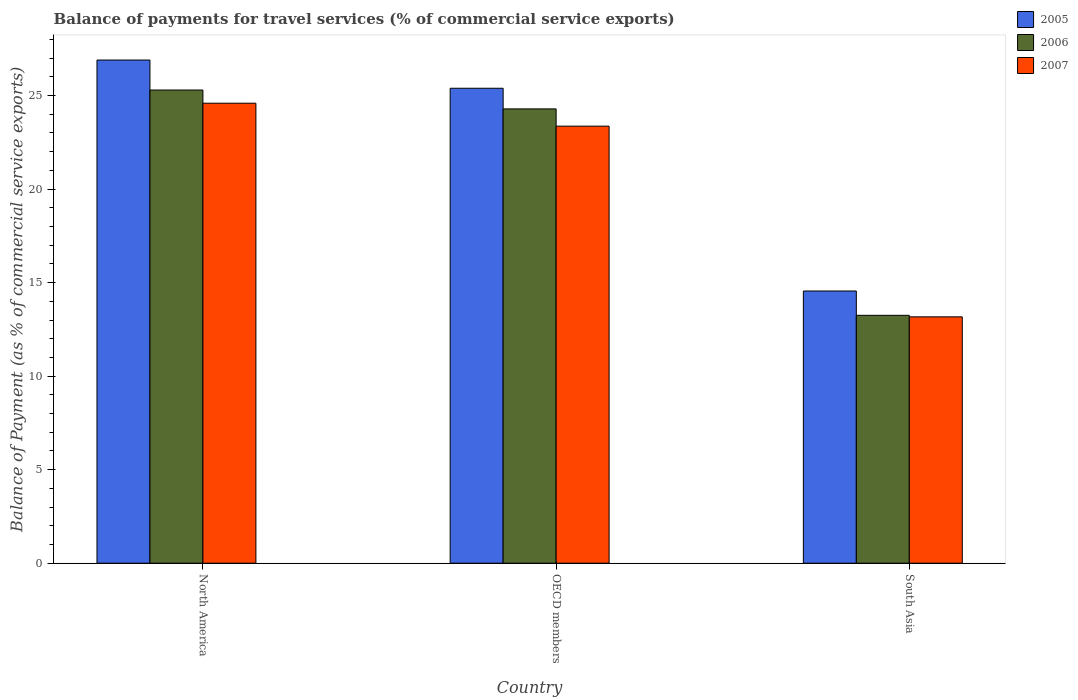
| Country | 2005 | 2006 | 2007 |
 | --- | --- | --- | --- |
 | North America | 26.9 | 25.3 | 24.6 |
 | OECD members | 25.4 | 24.3 | 23.4 |
 | South Asia | 14.6 | 13.3 | 13.2 |